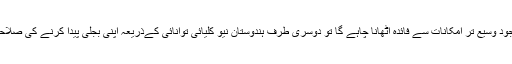
ایک طرف فرانس ،ہندوستان میں موجود وسیع تر امکانات سے فائدہ اٹھانا چاہے گا تو دوسری طرف ہندوستان نیو کلیائی توانائی کےذریعہ اپنی بجلی پیدا کرنے کی صلاحیت کو بڑھانے کی کوشش کرے گا۔